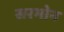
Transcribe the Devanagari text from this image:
सरभोन